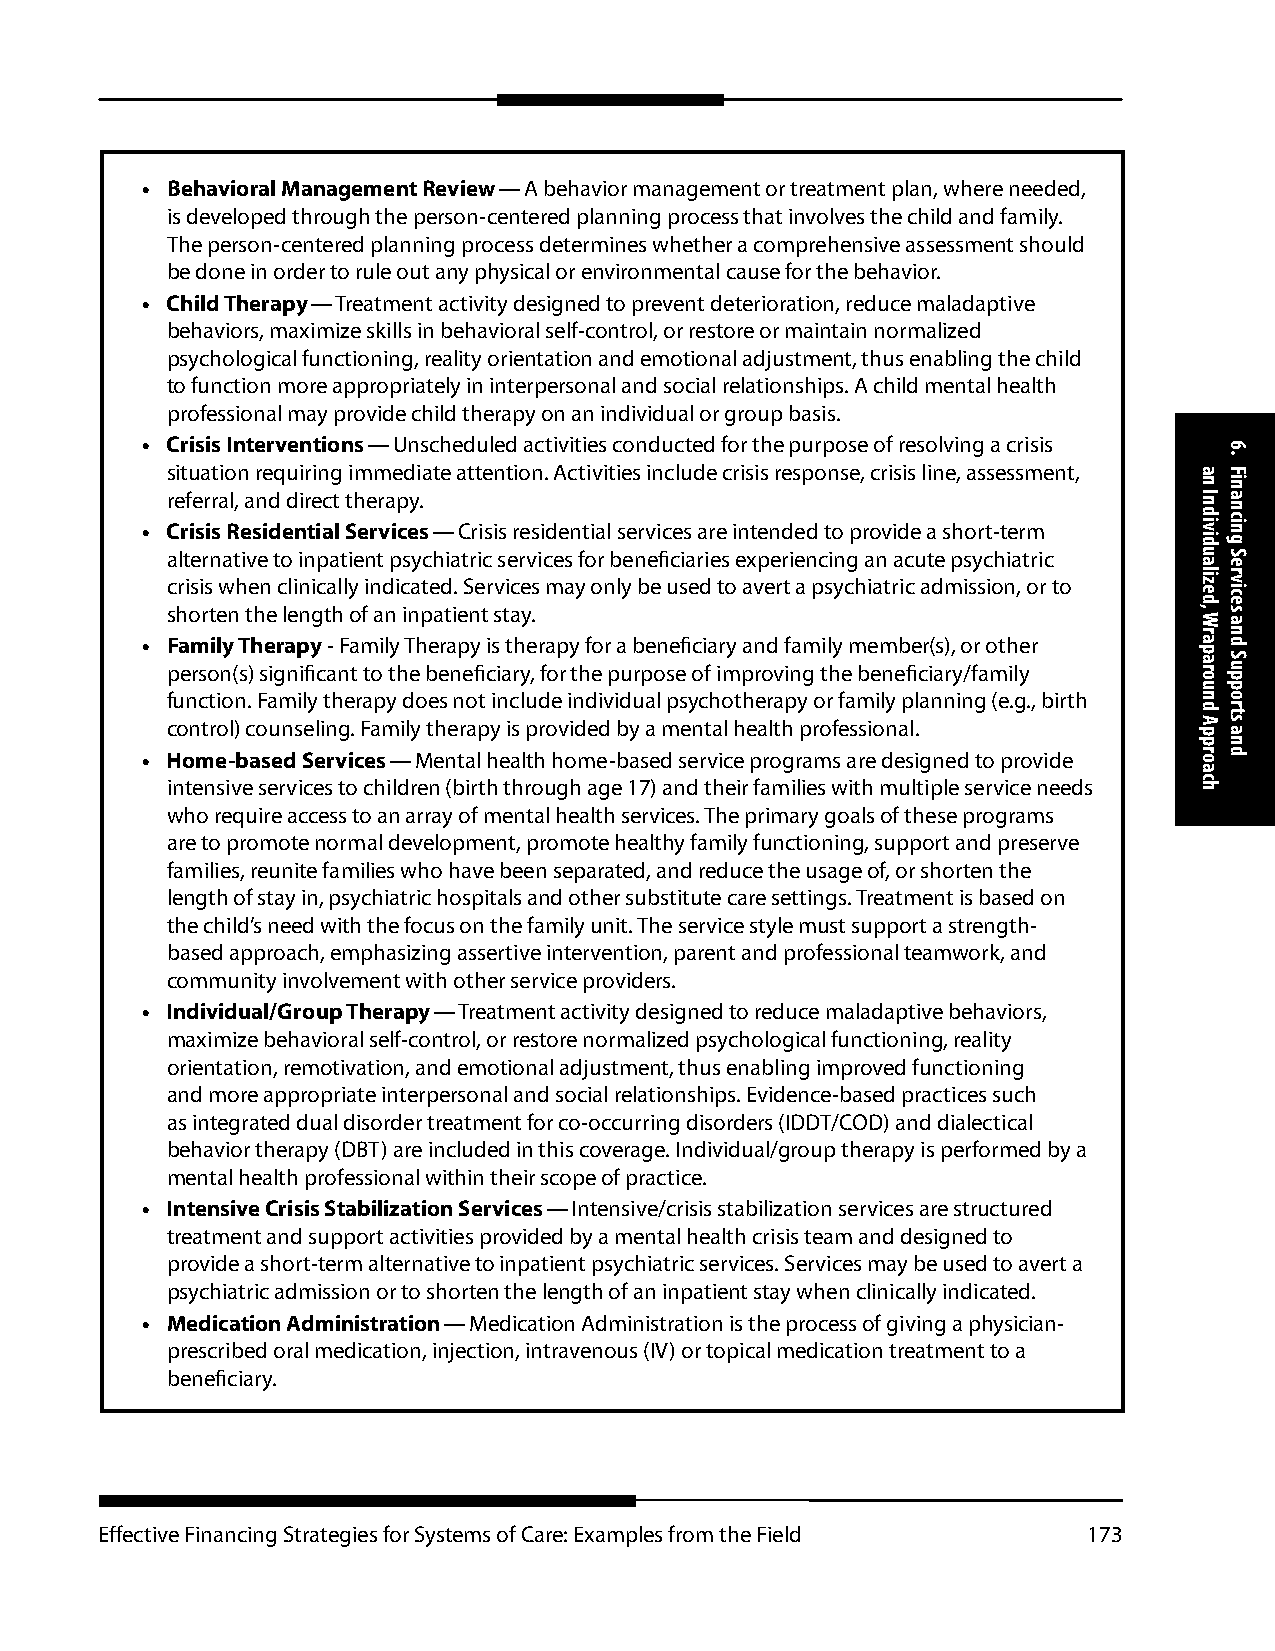
• Behavioral Management Review — A behavior management or treatment plan, where needed,
 is developed through the person-centered planning process that involves the child and family.
 The person-centered planning process determines whether a comprehensive assessment should
 be done in order to rule out any physical or environmental cause for the behavior.
 • Child Therapy — Treatment activity designed to prevent deterioration, reduce maladaptive
 behaviors, maximize skills in behavioral self-control, or restore or maintain normalized
 psychological functioning, reality orientation and emotional adjustment, thus enabling the child
 to function more appropriately in interpersonal and social relationships. A child mental health
 professional may provide child therapy on an individual or group basis.
 • Crisis Interventions — Unscheduled activities conducted for the purpose of resolving a crisis
 situation requiring immediate attention. Activities include crisis response, crisis line, assessment,
 referral, and direct therapy.
 • Crisis Residential Services — Crisis residential services are intended to provide a short-term
 alternative to inpatient psychiatric services for beneficiaries experiencing an acute psychiatric
 crisis when clinically indicated. Services may only be used to avert a psychiatric admission, or to
 shorten the length of an inpatient stay.
 • Family Therapy - Family Therapy is therapy for a beneficiary and family member(s), or other
 person(s) significant to the beneficiary, for the purpose of improving the beneficiary/family
 function. Family therapy does not include individual psychotherapy or family planning (e.g., birth
 control) counseling. Family therapy is provided by a mental health professional.
 • Home-based Services — Mental health home-based service programs are designed to provide
 intensive services to children (birth through age 17) and their families with multiple service needs
 who require access to an array of mental health services. The primary goals of these programs
 are to promote normal development, promote healthy family functioning, support and preserve
 families, reunite families who have been separated, and reduce the usage of, or shorten the
 length of stay in, psychiatric hospitals and other substitute care settings. Treatment is based on
 the child’s need with the focus on the family unit. The service style must support a strength-
 based approach, emphasizing assertive intervention, parent and professional teamwork, and
 community involvement with other service providers.
 • Individual/Group Therapy — Treatment activity designed to reduce maladaptive behaviors,
 maximize behavioral self-control, or restore normalized psychological functioning, reality
 orientation, remotivation, and emotional adjustment, thus enabling improved functioning
 and more appropriate interpersonal and social relationships. Evidence-based practices such
 as integrated dual disorder treatment for co-occurring disorders (IDDT/COD) and dialectical
 behavior therapy (DBT) are included in this coverage. Individual/group therapy is performed by a
 mental health professional within their scope of practice.
 • Intensive Crisis Stabilization Services — Intensive/crisis stabilization services are structured
 treatment and support activities provided by a mental health crisis team and designed to
 provide a short-term alternative to inpatient psychiatric services. Services may be used to avert a
 psychiatric admission or to shorten the length of an inpatient stay when clinically indicated.
 • Medication Administration — Medication Administration is the process of giving a physician-
 prescribed oral medication, injection, intravenous (IV) or topical medication treatment to a
 beneficiary.
 Effective Financing Strategies for Systems of Care: Examples from the Field 173
 an
 Individualized,
 Wraparound
 Approach
 6.
 Financing
 Services
 and
 Supports
 and